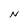
Character: N